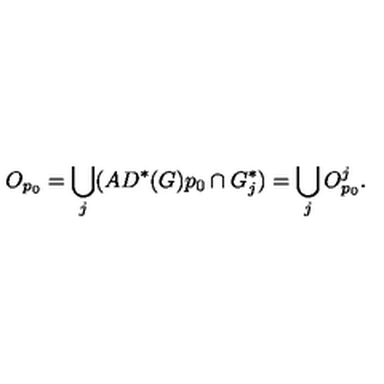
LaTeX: O _ { p _ { 0 } } = \bigcup _ { j } ( A D ^ { * } ( G ) p _ { 0 } \cap G _ { j } ^ { * } ) = \bigcup _ { j } O _ { p _ { 0 } } ^ { j } .